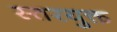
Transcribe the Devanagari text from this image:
स्तरयुक्त